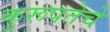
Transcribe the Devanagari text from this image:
कुरूपतेचे